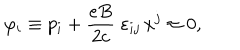
LaTeX: \varphi _ { i } \equiv p _ { i } + \frac { e B } { 2 c } \; \varepsilon _ { i j } \, x ^ { j } \approx 0 ,